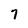
Character: 7